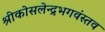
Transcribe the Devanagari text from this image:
श्रीकोसलेन्द्रभगवंस्तव